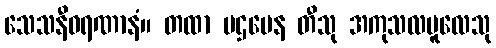
သေသနီဝရဏာနံ။ တထာ ပဌမေန တီသု အကုသလမူလေသု